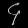
Digit: ၄